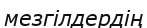
мезгілдердің